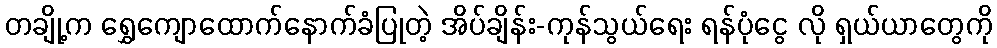
တချို့က ရွှေကျောထောက်နောက်ခံပြုတဲ့ အိပ်ချိန်း-ကုန်သွယ်ရေး ရန်ပုံငွေ လို ရှယ်ယာတွေကို